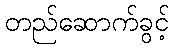
တည်ဆောက်ခွင့်